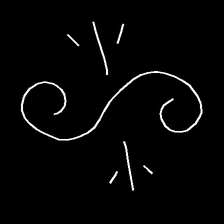
Glyph: wind-directs-air